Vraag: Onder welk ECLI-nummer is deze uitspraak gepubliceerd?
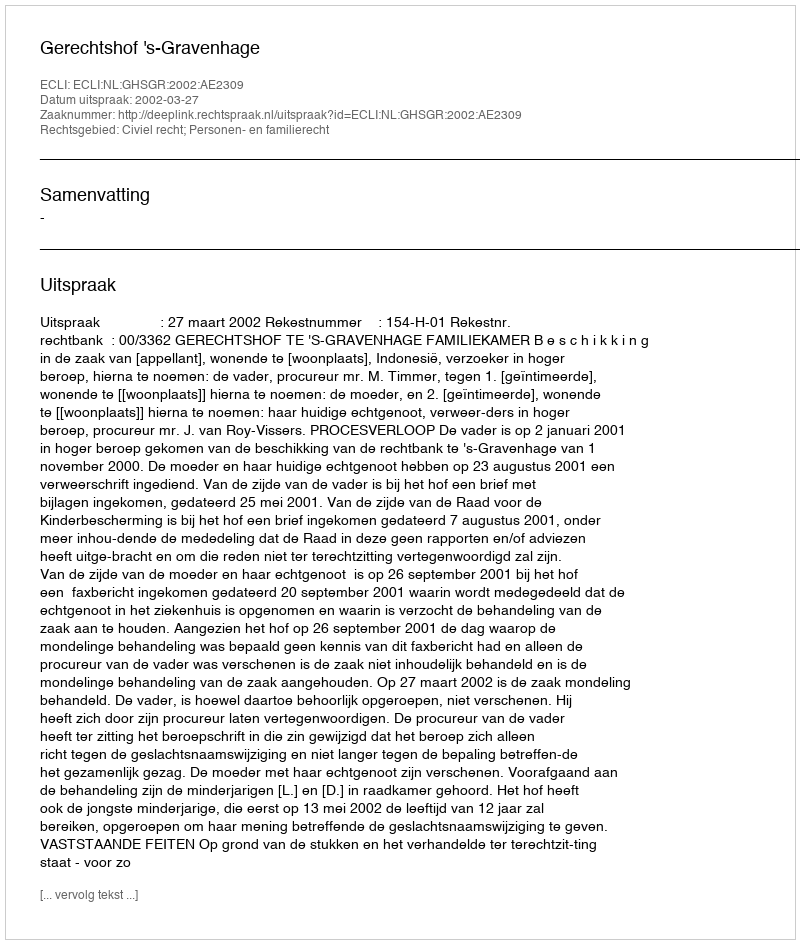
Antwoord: ECLI:NL:GHSGR:2002:AE2309